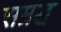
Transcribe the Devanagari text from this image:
सम्रद्ध